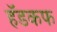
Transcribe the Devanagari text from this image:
हॅडकफ